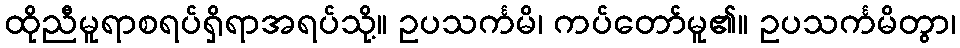
ထိုညီမူရာစရပ်ရှိရာအရပ်သို့။ ဥပသင်္ကမိ၊ ကပ်တော်မူ၏။ ဥပသင်္ကမိတွာ၊